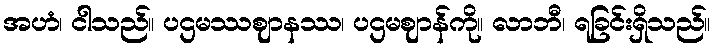
အဟံ၊ ငါသည်။ ပဌမဿဈာနဿ၊ ပဌမဈာန်ကို။ လာဘီ၊ ရခြင်းရှိသည်။